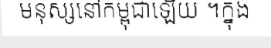
មនុស្សនៅកម្ពុជាឡើយ ។ក្នុង